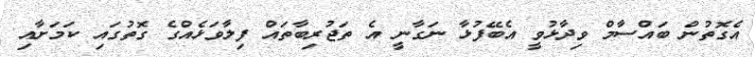
އެގޮތުން ބައްސާމް ވިދާޅުވީ އެބޭފުޅާ ނަގާނީ އެ ތަޖުރިބާތައް ފިލާވަޅެއްގެ ގޮތުގައި ކަމަށާއި